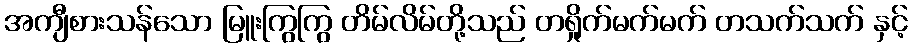
အကျီစားသန်သော မြူးကြွကြွ တိမ်လိမ်တို့သည် တရှိုက်မက်မက် တသက်သက် နှင့်